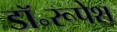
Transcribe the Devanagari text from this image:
डॉ॰रूपेश